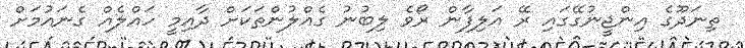
ތިނަދޫގެ އިންޖީނުގޭގައި ރޭ އަލިފާން ރޯވެ ލިބުނު ގެއްލުންތަކަށް ދާއިމީ ހައްލެއް ގެނައުމަށް